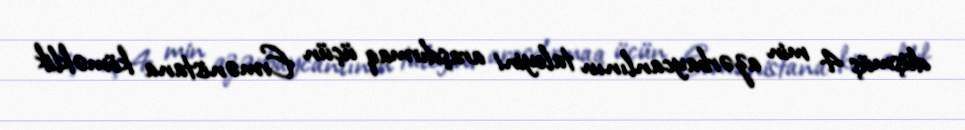
düşmüş 4 min azərbaycanlının taleyini araşdırmaq üçün Ermənistana köməklik